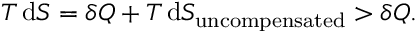
T \, \mathrm { d } S = \delta Q + T \, \mathrm { d } S _ { \mathrm { u n c o m p e n s a t e d } } > \delta Q .